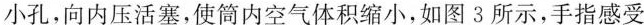
小孔，向内压活塞，使筒内空气体积缩小，如图3所示，手指感受